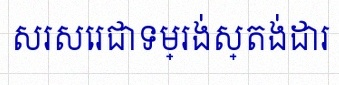
សរសេរជាទម្រង់ស្តង់ដារ